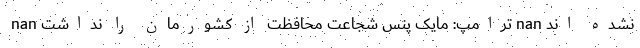
نشده اند nan ترامپ: مایک پنس شجاعت محافظت از کشورمان را نداشت nan